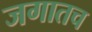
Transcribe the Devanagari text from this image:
जगातच